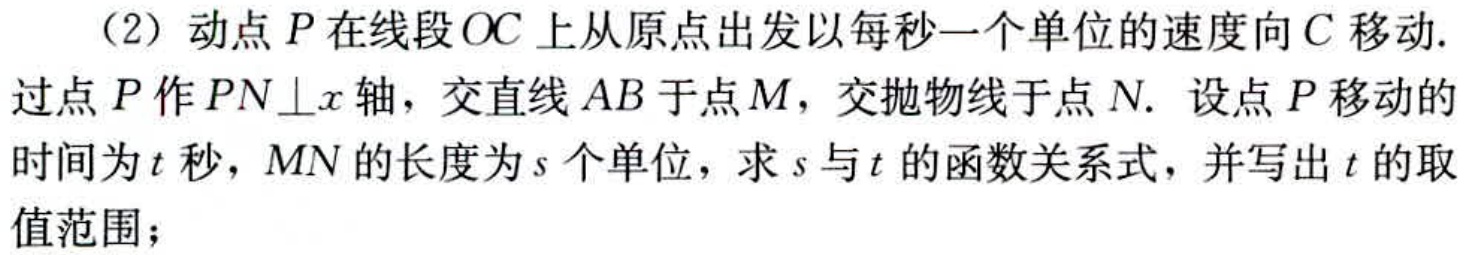
（2）动点\(P\)在线段\(OC\)上从原点出发以每秒一个单位的速度向\(C\)移动. 过点\(P\)作\(PN\perp x\)轴，交直线\(AB\)于点\(M\)，交抛物线于点\(N\). 设点\(P\)移动的时间为\(t\)秒，\(MN\)的长度为\(s\)个单位，求\(s\)与\(t\)的函数关系式，并写出\(t\)的取值范围；